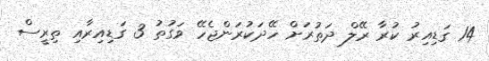
14 ގަޑިއިރު ކުރާ ރޭލް ދަތުރަށް ހޭދަކުރަންޖެހޭ ވަގުތު 3 ގަޑިއިރާއި ތިރީސް